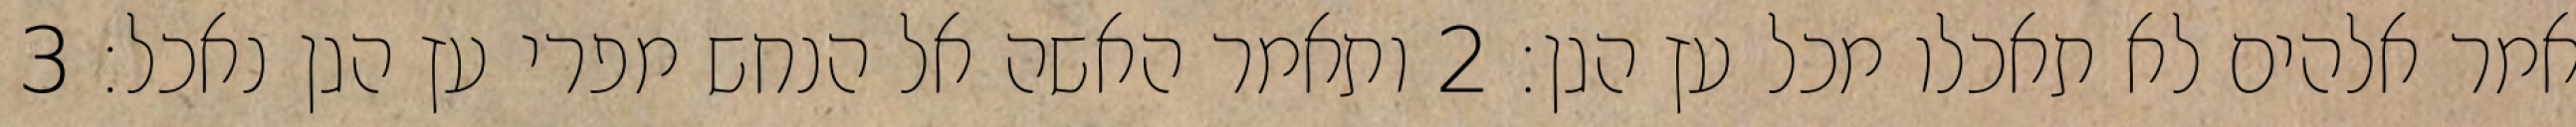
אמר אלהים לא תאכלו מכל עץ הגן׃ ‎2‏ ותאמר האשה אל הנחש מפרי עץ הגן נאכל׃ ‎3‏